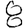
Digit: 8